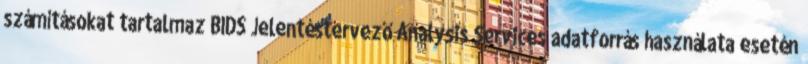
számításokat tartalmaz BIDS Jelentéstervező Analysis Services adatforrás használata esetén